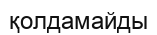
қолдамайды